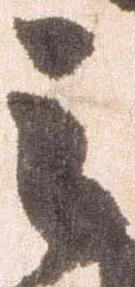
之